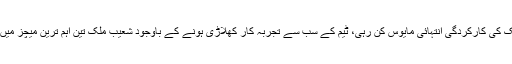
ورلڈ کپ میں شعیب ملک کی کارکردگی انتہائی مایوس کن رہی، ٹیم کے سب سے تجربہ کار کھلاڑی ہونے کے باوجود شعیب ملک تین اہم ترین میچز میں صرف 8 رنز بناسکے۔